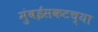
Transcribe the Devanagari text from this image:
मुंबईसकटच्या